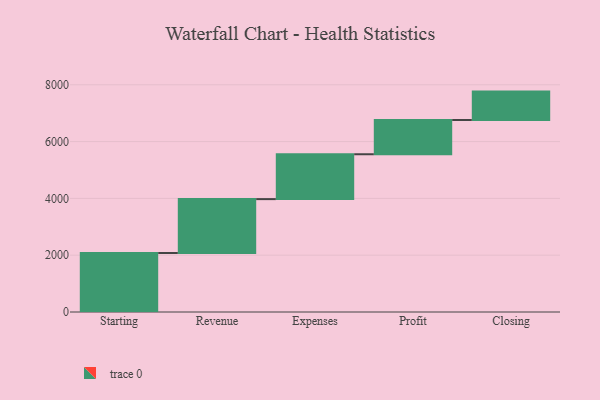
{"axis": {"x": "Step", "y": "Value"}, "legend": [""], "data": [{"x": "Starting", "y": 2078.0, "type": ""}, {"x": "Revenue", "y": 1897.0, "type": ""}, {"x": "Expenses", "y": 1580.0, "type": ""}, {"x": "Profit", "y": 1206.0, "type": ""}, {"x": "Closing", "y": 1000, "type": ""}]}